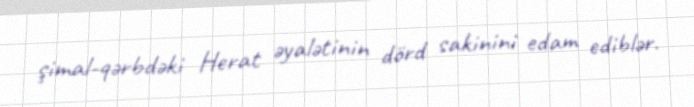
şimal-qərbdəki Herat əyalətinin dörd sakinini edam ediblər.